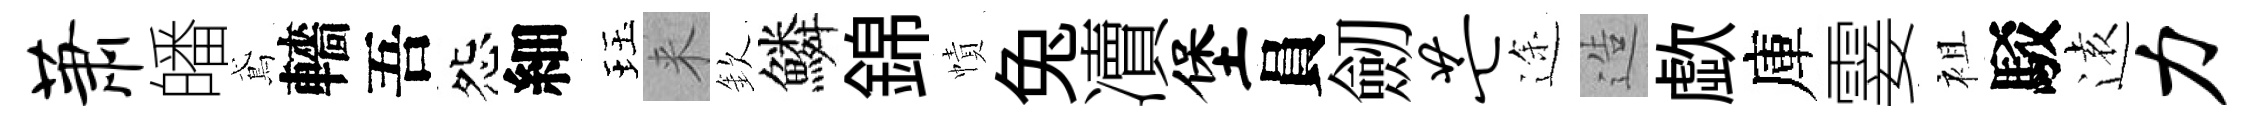
萧皤鳶轖吾怨細珏来欽鱗錦幘兔凟堡員劒芒途造歔庫霎袓駁逺力